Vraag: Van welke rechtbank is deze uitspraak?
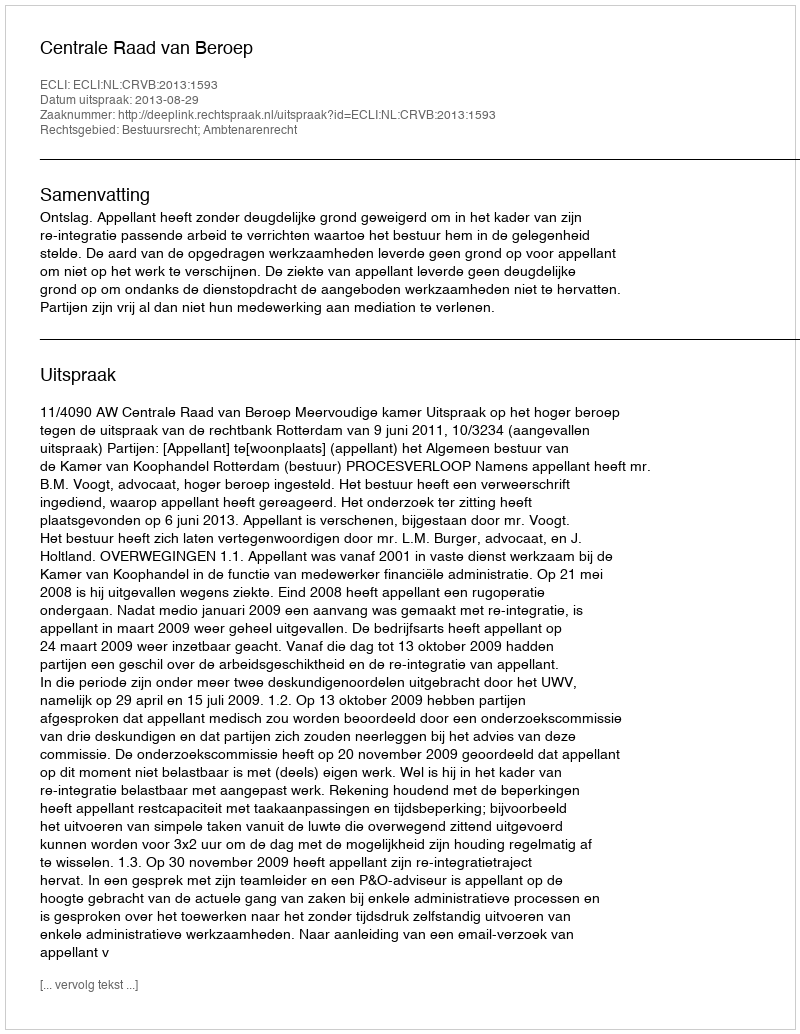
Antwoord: Centrale Raad van Beroep